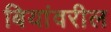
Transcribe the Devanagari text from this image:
बियांवरील